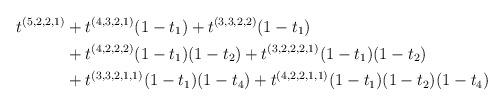
LaTeX: \begin{align*}t^{(5,2,2,1)} &+ t^{(4,3,2,1)}(1-t_1) + t^{(3,3,2,2)}(1-t_1) \\&+ t^{(4,2,2,2)}(1-t_1)(1-t_2) + t^{(3,2,2,2,1)}(1-t_1)(1-t_2) \\ &+ t^{(3,3,2,1,1)}(1-t_1)(1-t_4) + t^{(4,2,2,1,1)}(1-t_1)(1-t_2)(1-t_4)\end{align*}